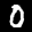
Label: 0